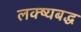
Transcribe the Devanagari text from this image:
लक्ष्यबद्ध